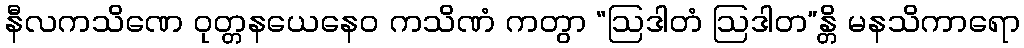
နီလကသိဏေ ဝုတ္တနယေနေဝ ကသိဏံ ကတွာ “ဩဒါတံ ဩဒါတ”န္တိ မနသိကာရော